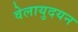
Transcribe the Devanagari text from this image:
वेलायुदयन